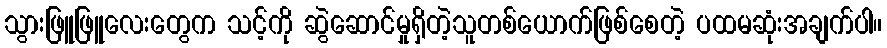
သွားဖြူဖြူလေးတွေက သင့်ကို ဆွဲဆောင်မှုရှိတဲ့သူတစ်ယောက်ဖြစ်စေတဲ့ ပထမဆုံးအချက်ပါ။